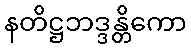
နတိဋ္ဌဘဒ္ဒန္တိကော